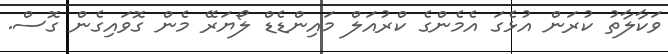
ވަކާލާތު ކުރަން އުޅެގަ އެމެންގެ ކްރުއަލް މައިންޑެޑް ލޯޔަރޭ މެން ގޮވައިގެން ގޮސް.